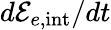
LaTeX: d{\cal E}_{e,\mathrm{int}}/dt